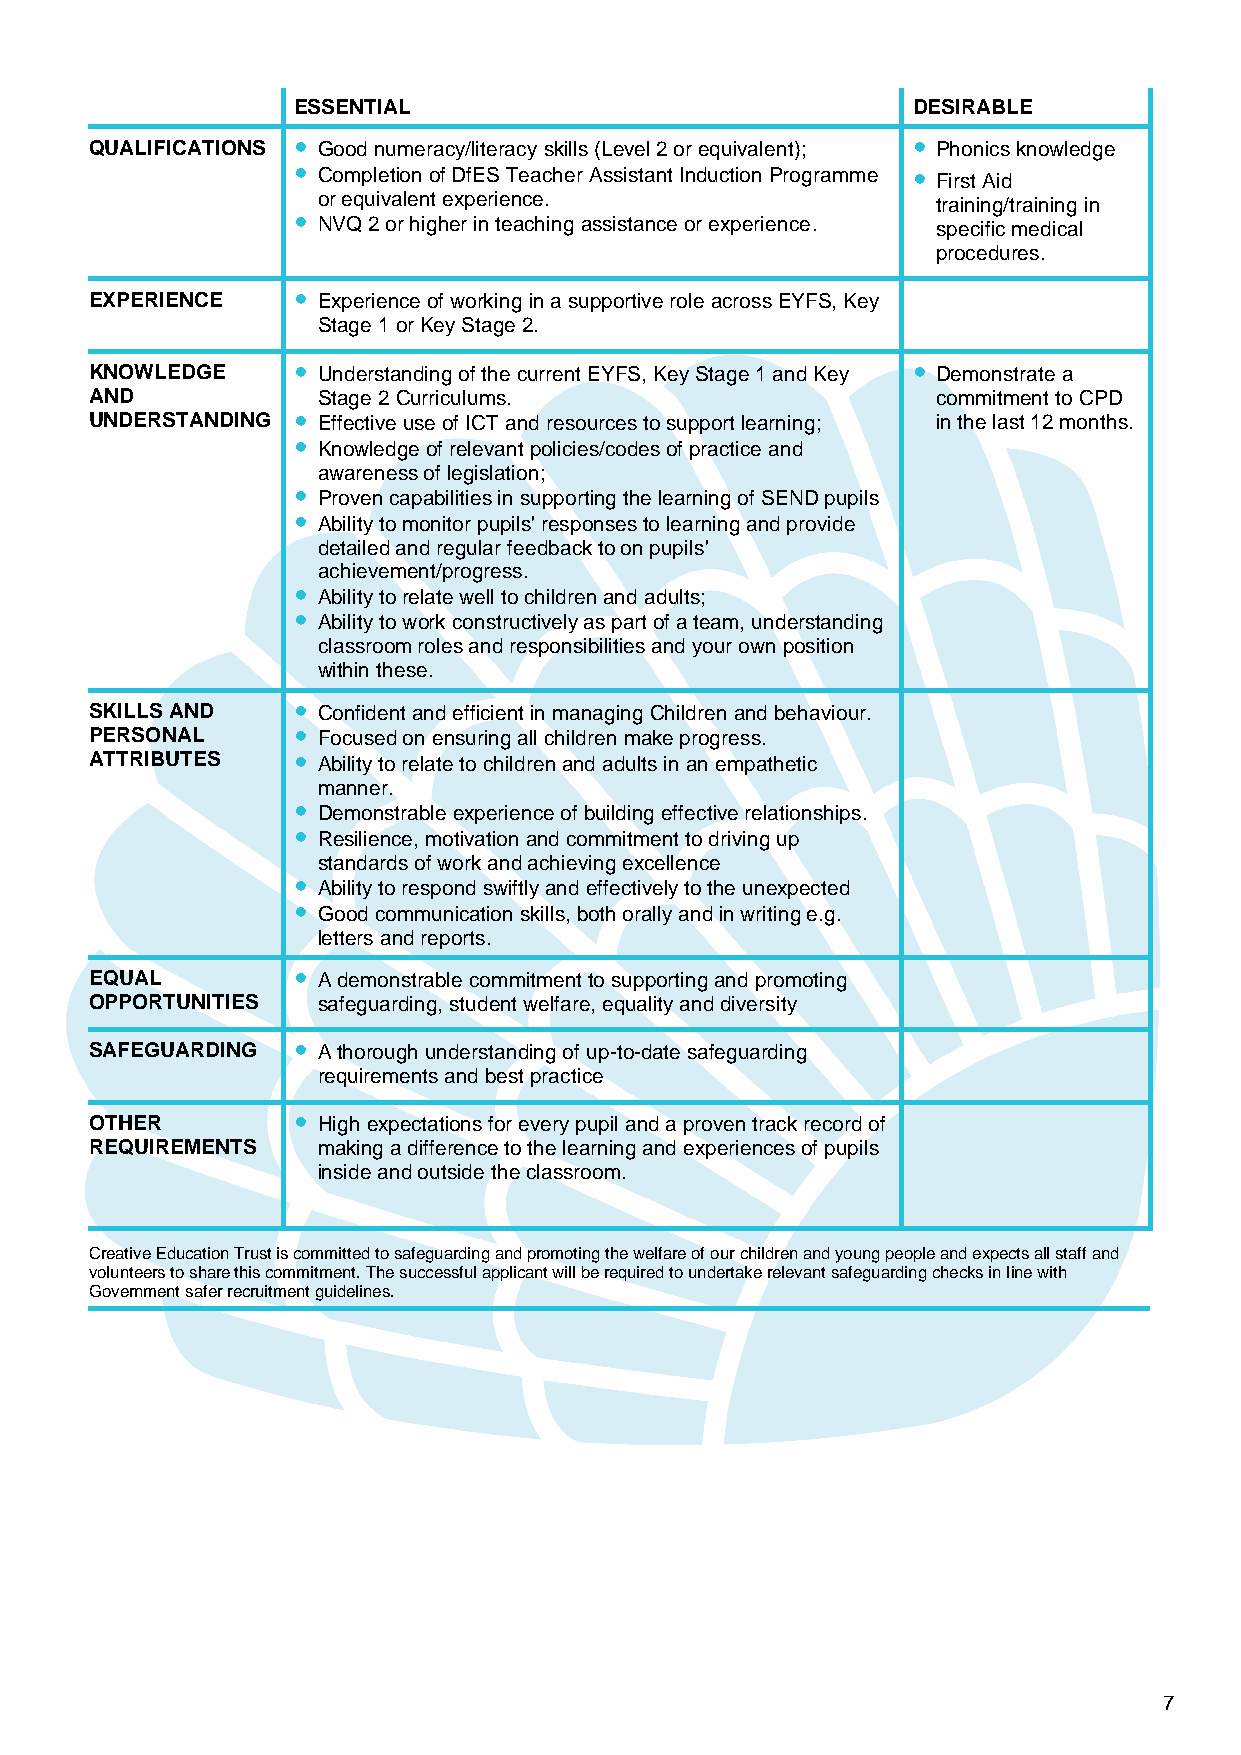
ESSENTIAL                                DESIRABLE
 QUALIFICATIONS  Good numeracy/literacy skills (Level 2 or equivalent);  Phonics knowledge
  Completion of DfES Teacher Assistant Induction Programme  First Aid
 or equivalent experience.                training/training in
  NVQ 2 or higher in teaching assistance or experience. specific medical
 procedures.
 EXPERIENCE    Experience of working in a supportive role across EYFS, Key
 Stage 1 or Key Stage 2.
 KNOWLEDGE     Understanding of the current EYFS, Key Stage 1 and Key  Demonstrate a
 AND            Stage 2 Curriculums.                     commitment to CPD
 UNDERSTANDING  Effective use of ICT and resources to support learning; in the last 12 months.
  Knowledge of relevant policies/codes of practice and
 awareness of legislation;
  Proven capabilities in supporting the learning of SEND pupils
  Ability to monitor pupils' responses to learning and provide
 detailed and regular feedback to on pupils'
 achievement/progress.
  Ability to relate well to children and adults;
  Ability to work constructively as part of a team, understanding
 classroom roles and responsibilities and your own position
 within these.
 SKILLS AND    Confident and efficient in managing Children and behaviour.
 PERSONAL      Focused on ensuring all children make progress.
 ATTRIBUTES    Ability to relate to children and adults in an empathetic
 manner.
  Demonstrable experience of building effective relationships.
  Resilience, motivation and commitment to driving up
 standards of work and achieving excellence
  Ability to respond swiftly and effectively to the unexpected
  Good communication skills, both orally and in writing e.g.
 letters and reports.
 EQUAL         A demonstrable commitment to supporting and promoting
 OPPORTUNITIES  safeguarding, student welfare, equality and diversity
 SAFEGUARDING  A thorough understanding of up-to-date safeguarding
 requirements and best practice
 OTHER         High expectations for every pupil and a proven track record of
 REQUIREMENTS   making a difference to the learning and experiences of pupils
 inside and outside the classroom.
 Creative Education Trust is committed to safeguarding and promoting the welfare of our children and young people and expects all staff and
 volunteers to share this commitment. The successful applicant will be required to undertake relevant safeguarding checks in line with
 Government safer recruitment guidelines.
 7